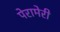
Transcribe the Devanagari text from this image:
पेरामेरी